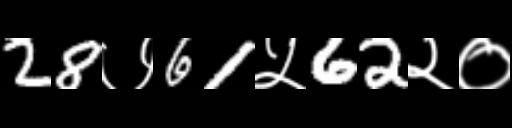
Text: 28७61५62२०